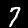
Label: 7